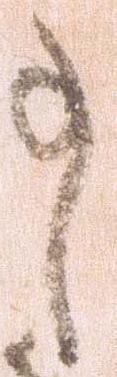
事